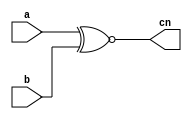
//performs the bitwise XOR operation (~^) 
//between the two inputs and assigns the result to the output.
module Bitwise(

input [5:0] a, b,
output [5:0] cn
    );
    assign cn= a~^b;
endmodule